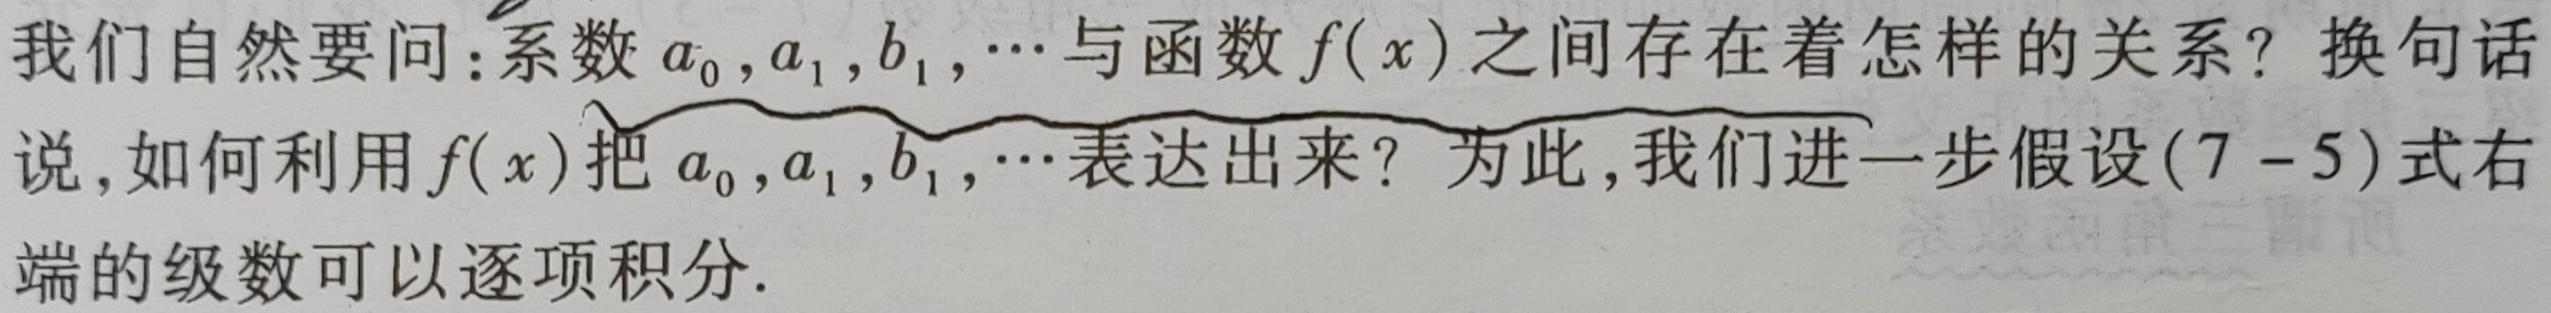
我们自然要问:系数$a_{0},a_{1},b_{1},\cdots$与函数$f(x)$之间存在着怎样的关系? 换句话说,如何利用$f(x)$把$a_{0},a_{1},b_{1},\cdots$表达出来? 为此,我们进一步假设$(7 - 5)$式右端的级数可以逐项积分.